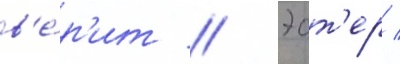
в'е́р'ит // Эст'ер /